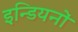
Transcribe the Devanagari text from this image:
इन्डियनों